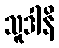
သူဒါနိ